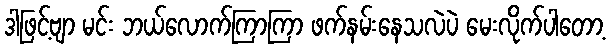
ဒါဖြင့်ဗျာ မင်း ဘယ်လောက်ကြာကြာ ဖက်နမ်းနေသလဲပဲ မေးလိုက်ပါတော့